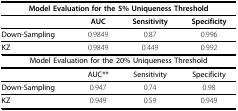
| <COLSPAN=4> Model Evaluation for the 5% Uniqueness Threshold |
 | --- | --- | --- | --- |
 |  | AUC | Sensitivity | Specificity |
 | Down-Sampling | 0.9849 | 0.87 | 0.996 |
 | KZ | 0.9849 | 0.449 | 0.992 |
 | <COLSPAN=4> Model Evaluation for the 20% Uniqueness Threshold |
 |  | AUC** | Sensitivity | Specificity |
 | Down-Sampling | 0.947 | 0.74 | 0.98 |
 | KZ | 0.949 | 0.59 | 0.949 |